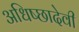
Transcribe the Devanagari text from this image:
अधिष्छादेवी